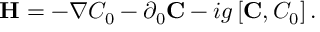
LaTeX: { \bf H } = - \nabla C _ { 0 } - \partial _ { 0 } { \bf C } - i g \left[ { \bf C } , C _ { 0 } \right] .